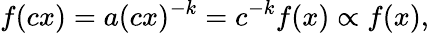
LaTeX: f(cx)=a(cx)^{-k}=c^{-k}f(x)\propto f(x),